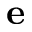
\bf { e }